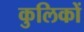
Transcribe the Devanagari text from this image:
कुलिकों